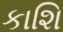
કાશિ